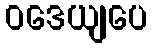
ဝဒေယျပေ